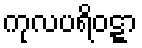
ကုလပရိဝဋ္ဋာ